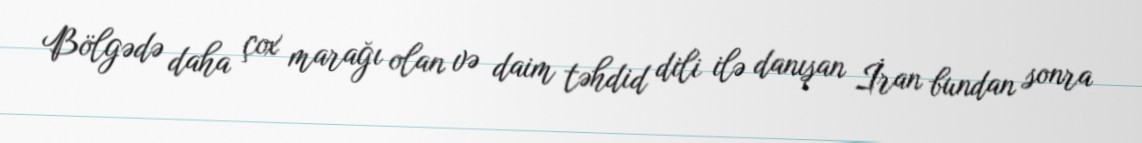
Bölgədə daha çox marağı olan və daim təhdid dili ilə danışan İran bundan sonra